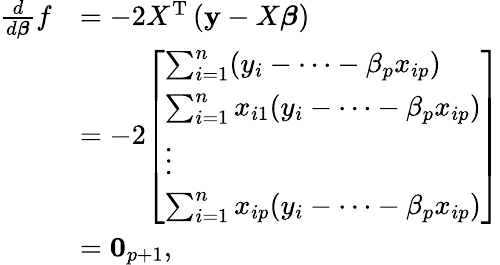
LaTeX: {\begin{array}{rl}{{\frac{d}{d{\boldsymbol{\beta}}}}f}&{=-2X^{\operatorname{T}}\left(\mathbf{y}-X{\boldsymbol{\beta}}\right)}\\ &{=-2{\left[\begin{array}{l}{\sum_{i=1}^{n}(y_{i}-\dots-\beta_{p}x_{ip})}\\ {\sum_{i=1}^{n}x_{i1}(y_{i}-\dots-\beta_{p}x_{ip})}\\ {\vdots}\\ {\sum_{i=1}^{n}x_{ip}(y_{i}-\dots-\beta_{p}x_{ip})}\end{array}\right]}}\\ &{=\mathbf{0}_{p+1},}\end{array}}